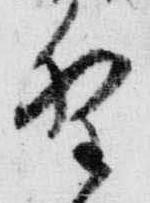
野